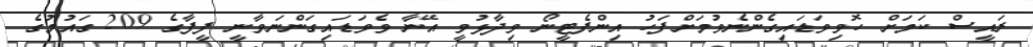
ރައީސް ކަމަށް ހޮވިވަޑައިގެންނެވުމަށްފަހު އިންފެޓީނޯ ވިދާޅުވީ އޭނާ ވެވަޑައިގަންނަވާނީ ފީފާގެ 209 ގައުމުގެ